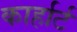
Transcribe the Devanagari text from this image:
कार्हार्ट